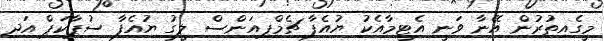
މީގެއިތުރުން އޭނާ ވަނީ އެޓީމާއެކު ޔުއެފާ ޗެމްޕިއަންސް ލީގު ޔުއެފާ ސުޕާކަޕް އަދި